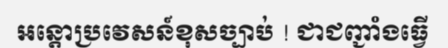
អន្តោប្រវេសន៍ខុសច្បាប់ ! ជាជញ្ជាំងធ្វើ